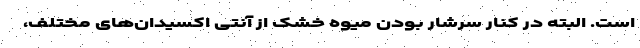
است. البته در کنار سرشار بودن میوه خشک از آنتی اکسیدان‌های مختلف،